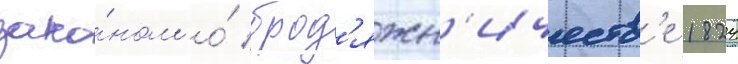
зако́ном о́ брод'яжн'ичеств'е 1824